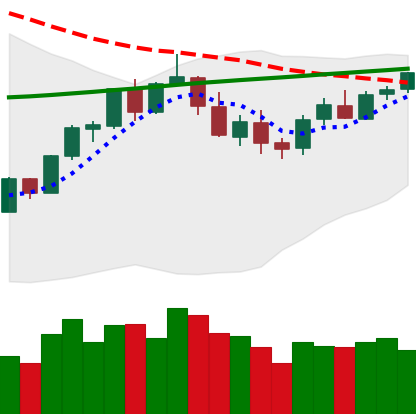
Ticker: BTC-USD
Chart end date: 2018-03-03
Forward return: -18.231%
Label: down_7plus